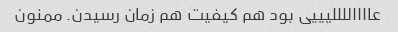
عااااللللیییی بود هم کیفیت هم زمان رسیدن. ممنون